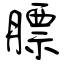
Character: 膘